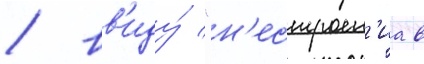
/ вв'иду́ "н'естроен'иа в